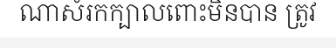
ណាសំរកក្បាលពោះមិនបាន ត្រូវ